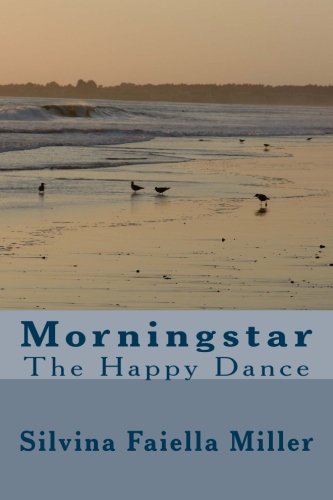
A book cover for Morningstar: The Happy Dance; Silvina Faiella Miller; Literature & Fiction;